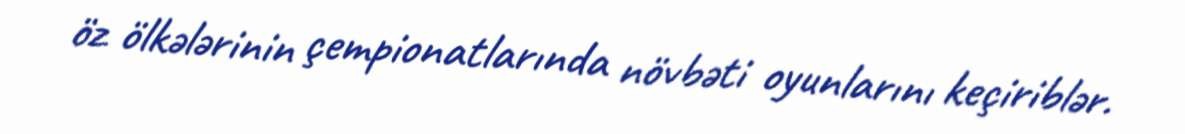
öz ölkələrinin çempionatlarında növbəti oyunlarını keçiriblər.